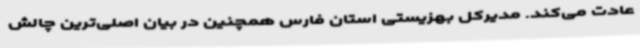
عادت می‌کند. مدیرکل بهزیستی استان فارس همچنین در بیان اصلی‌ترین چالش